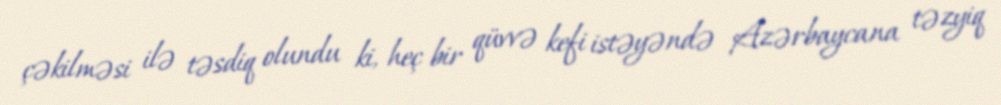
çəkilməsi ilə təsdiq olundu ki, heç bir qüvvə kefi istəyəndə Azərbaycana təzyiq